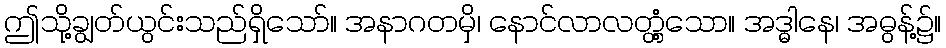
ဤသို့ချွတ်ယွင်းသည်ရှိသော်။ အနာဂတမှိ၊ နောင်လာလတ္တံ့သော။ အဒ္ဓါနေ၊ အဓွန့်၌။